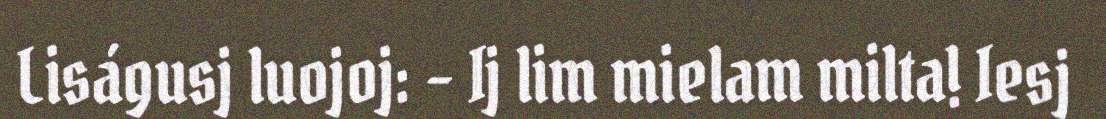
Liságusj luojoj: – Ij lim mielam milta! Iesj